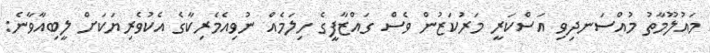
މައުލޫމާތު މުއްސަނދިވި އަސްކަރީ މަރުކަޒުން ވެސް ގައްޒާފީގެ ހިލަމެއް ނުވިއެމެރިކާގެ އެކުވެރިޔަކަށް ލީބިއާވާނެ: